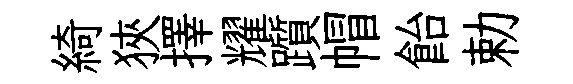
綺狹擇耀躓帽飴勅